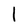
Character: l